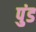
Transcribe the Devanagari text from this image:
पुंड